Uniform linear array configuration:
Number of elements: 24
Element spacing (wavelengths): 0.75
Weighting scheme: blackman
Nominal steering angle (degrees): -15
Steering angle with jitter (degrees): -15.084
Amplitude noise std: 0.05
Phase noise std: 0.05

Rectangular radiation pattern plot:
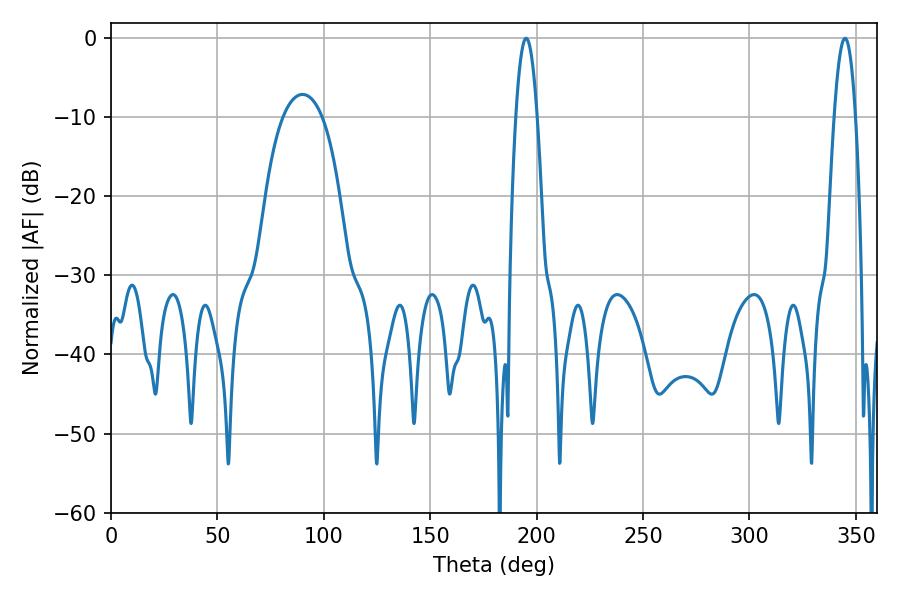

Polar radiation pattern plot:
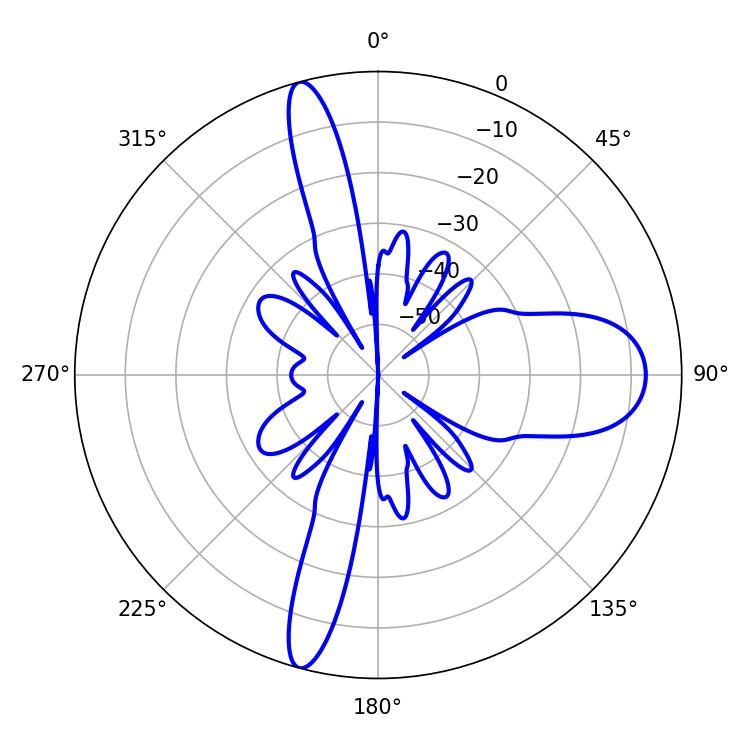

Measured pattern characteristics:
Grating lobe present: TRUE
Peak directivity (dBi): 22.628
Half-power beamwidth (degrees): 5.4
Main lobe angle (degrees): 195.12